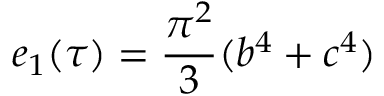
e _ { 1 } ( \tau ) = { \frac { \pi ^ { 2 } } { 3 } } ( b ^ { 4 } + c ^ { 4 } )